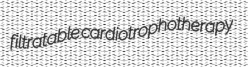
filtratable cardiotrophotherapy